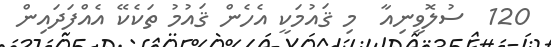
120  ސުލޮވީނިއާ  މި ޤައުމަކީ އެހެން ޤައުމު ތަކެކޭ އެއްފަދައިން